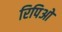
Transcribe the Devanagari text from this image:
रिपिओ